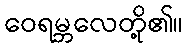
ဝေရမ္ဘလေတို့၏။